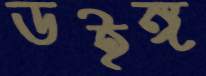
ডইঙ্গ